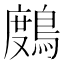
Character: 𪃒